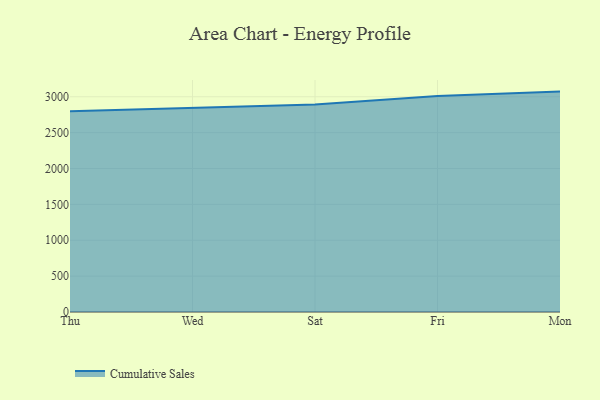
{"axis": {"x": "Day", "y": "Waste Production (Tons)"}, "legend": ["Cumulative Sales"], "data": [{"x": "Thu", "y": 2798.5, "type": "Cumulative Sales"}, {"x": "Wed", "y": 2847.5, "type": "Cumulative Sales"}, {"x": "Sat", "y": 2893.4, "type": "Cumulative Sales"}, {"x": "Fri", "y": 3010.2, "type": "Cumulative Sales"}, {"x": "Mon", "y": 3071.9, "type": "Cumulative Sales"}]}